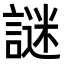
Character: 謎